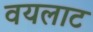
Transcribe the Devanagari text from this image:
वयलाट